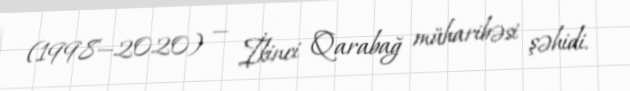
(1998—2020) — İkinci Qarabağ müharibəsi şəhidi.